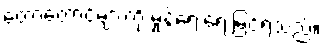
တောတောင်များကို မှုန်ရေးရေးမြင်ရသည်။